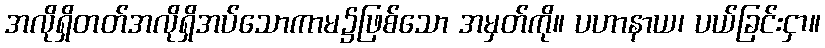
အလိုရှိတတ်အလိုရှိအပ်သောကာမ၌ဖြစ်သော အမှတ်ကို။ ပဟာနာယ၊ ပယ်ခြင်းငှာ။